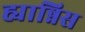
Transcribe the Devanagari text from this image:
ह्यान्निस